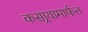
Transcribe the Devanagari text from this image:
कसार्‍यामार्फत